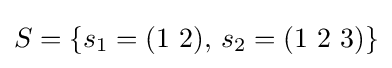
S=\{s_{1}=(1\ 2),\,s_{2}=(1\ 2\ 3)\}